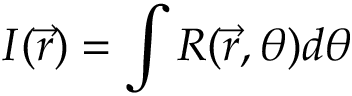
I ( \vec { r } ) = \int R ( \vec { r } , \theta ) d \theta